Calcutta medical institutions reports 1892-1900
Year: 1892
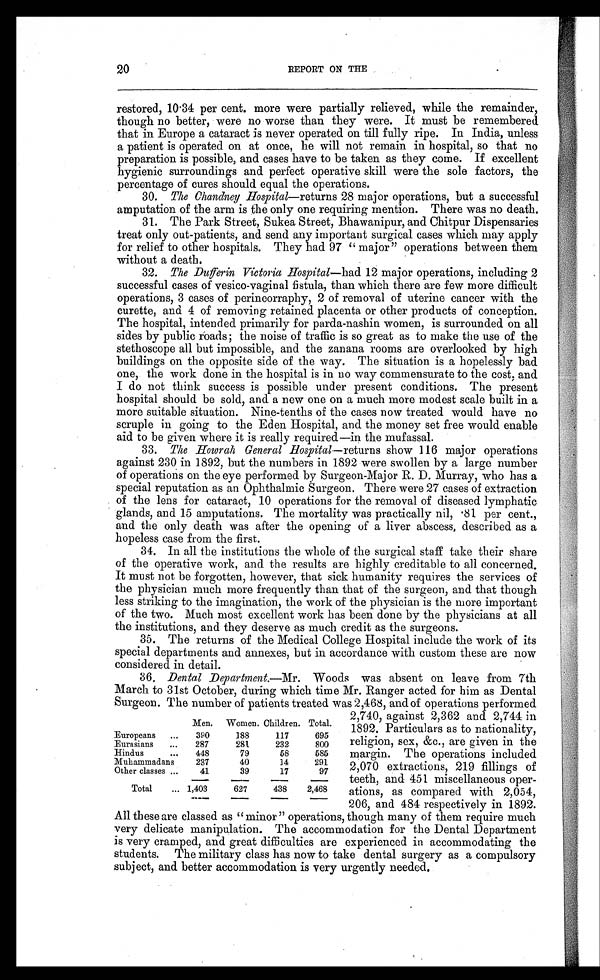
20
REPORT ON THE
restored, 10.34 per cent. more were partially relieved, while the remainder,
though no better, were no worse than they were. It must be remembered
that in Europe a cataract is never operated on till fully ripe. In India, unless
a patient is operated on at once, he will not remain in hospital, so that no
preparation is possible, and cases have to be taken as they come. If excellent
hygienic surroundings and perfect operative skill were the sole factors, the
percentage of cures should equal the operations.
30. The Chandney Hospital—returns 28 major operations, but a successful
amputation of the arm is the only one requiring mention. There was no death.
31. The Park Street, Sukea Street, Bhawanipur, and Chitpur Dispensaries
treat only out-patients, and send any important surgical cases which may apply
for relief to other hospitals. They had 97 "major" operations between them
without a death.
32. The Dufferin Victoria Hospital—had 12 major operations, including 2
successful cases of vesico-vaginal fistula, than which there are few more difficult
operations, 3 cases of perineorraphy, 2 of removal of uterine cancer with the
curette, and 4 of removing retained placenta or other products of conception.
The hospital, intended primarily for parda-nashin women, is surrounded on all
sides by public roads; the noise of traffic is so great as to make the use of the
stethoscope all but impossible, and the zanana rooms are overlooked by high
buildings on the opposite side of the way. The situation is a hopelessly bad
one, the work done in the hospital is in no way commensurate to the cost, and
I do not think success is possible under present conditions. The present
hospital should be sold, and a new one on a much more modest scale built in a
more suitable situation. Nine-tenths of the cases now treated would have no
scruple in going to the Eden Hospital, and the money set free would enable
aid to be given where it is really required—in the mufassal.
33. The Howrah General Hospital— returns show 116 major operations
against 230 in 1892, but the numbers in 1892 were swollen by a large number
of operations on the eye performed by Surgeon-Major R. D. Murray, who has a
special reputation as an Ophthalmic Surgeon. There were 27 cases of extraction
of the lens for cataract, 10 operations for the removal of diseased lymphatic
glands, and 15 amputations. The mortality was practically nil, .81 per cent.,
and the only death was after the opening of a liver abscess, described as a
hopeless case from the first.
34. In all the institutions the whole of the surgical staff take their share
of the operative work, and the results are highly creditable to all concerned.
It must not be forgotten, however, that sick humanity requires the services of
the physician much more frequently than that of the surgeon, and that though
less striking to the imagination, the work of the physician is the more important
of the two. Much most excellent work has been done by the physicians at all
the institutions, and they deserve as much credit as the surgeons.
35. The returns of the Medical College Hospital include the work of its
special departments and annexes, but in accordance with custom these are now
considered in detail.
36. Dental Department.—Mr. Woods was absent on leave from 7th
March to 31st October, during which time Mr. Ranger acted for him as Dental
Surgeon. The number of patients treated was 2,468, and of operations performed
Men. Women. Children. Total.
Europeans
. . .
390
188
117
695
Eurasians
. . .
287
281
232
800
Hindus
. . .
448
79
58
585
Muhammadans
237
40
14
291
Other classes
. . .
41
39
17
97
Total
. . . 1,403
627
438
2,468
2,740, against 2,362 and 2,744 in
1892. Particulars as to nationality,
religion, sex, &c., are given in the
margin. The operations included
2,070 extractions, 219 fillings of
teeth, and 451 miscellaneous oper-
ations, as compared with 2,054,
206, and4 8 4 r e s p e c t i v e l y i n 1 8 9 2 .
All these are classed as "minor" operations, though many of them require much
very delicate manipulation. The accommodation for the Dental Department
is very cramped, and great difficulties are experienced in accommodating the
students. The military class has now to take dental surgery as a compulsory
subject, and better accommodation is very urgently needed.